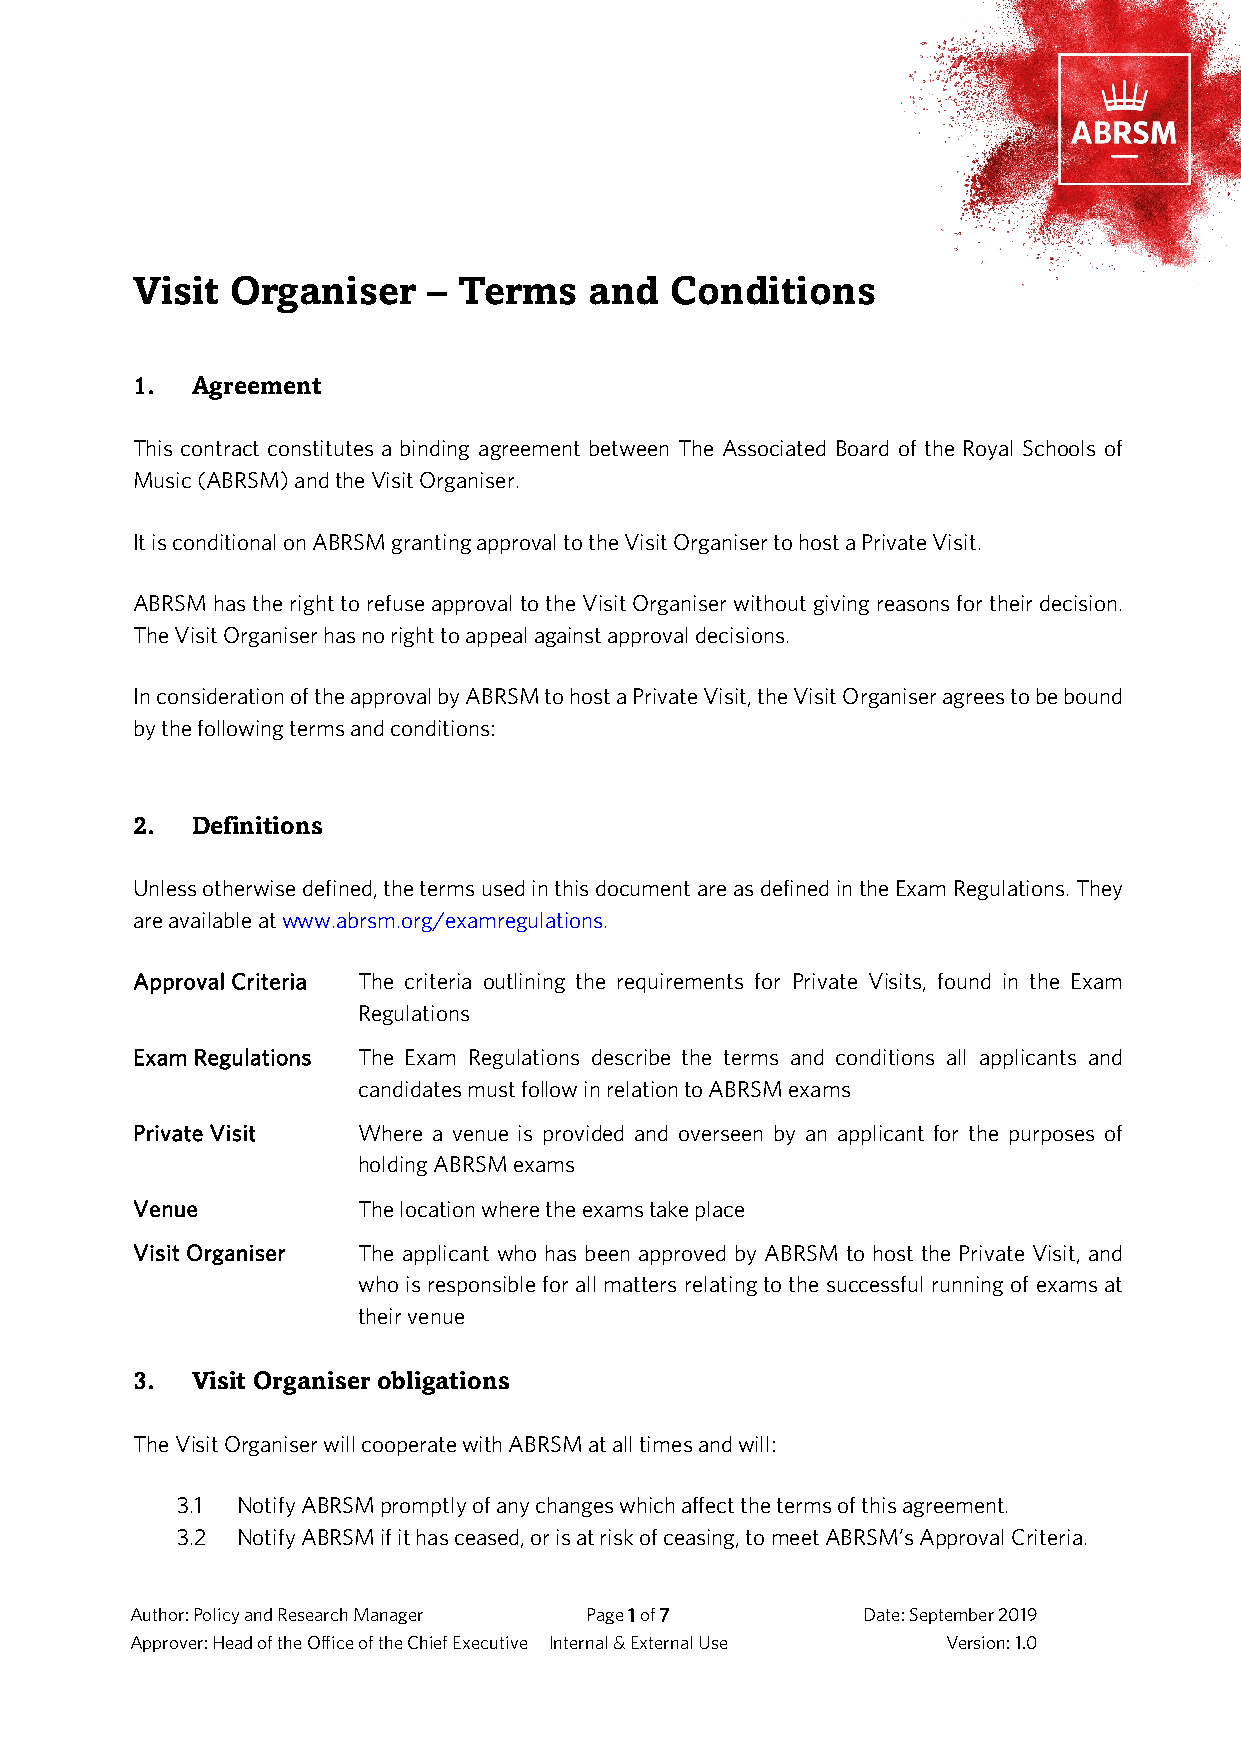
Visit Organiser    – Terms    and  Conditions
 1.  Agreement
 This contract constitutes a binding agreement between The Associated Board of the Royal Schools of
 Music (ABRSM) and the Visit Organiser.
 It is conditional on ABRSM granting approval to the Visit Organiser to host a Private Visit.
 ABRSM has the right to refuse approval to the Visit Organiser without giving reasons for their decision.
 The Visit Organiser has no right to appeal against approval decisions.
 In consideration of the approval by ABRSM to host a Private Visit, the Visit Organiser agrees to be bound
 by the following terms and conditions:
 2.  Definitions
 Unless otherwise defined, the terms used in this document are as defined in the Exam Regulations. They
 are available at www.abrsm.org/examregulations.
 Approval Criteria The criteria outlining the requirements for Private Visits, found in the Exam
 Regulations
 Exam Regulations The Exam Regulations describe the terms and conditions all applicants and
 candidates must follow in relation to ABRSM exams
 Private Visit  Where a venue is provided and overseen by an applicant for the purposes of
 holding ABRSM exams
 Venue          The location where the exams take place
 Visit Organiser The applicant who has been approved by ABRSM to host the Private Visit, and
 who is responsible for all matters relating to the successful running of exams at
 their venue
 3.  Visit Organiser obligations
 The Visit Organiser will cooperate with ABRSM at all times and will:
 3.1 Notify ABRSM promptly of any changes which affect the terms of this agreement.
 3.2 Notify ABRSM if it has ceased, or is at risk of ceasing, to meet ABRSM’s Approval Criteria.
 Author: Policy and Research Manager Page 1 of 7 Date: September 2019
 Approver: Head of the Office of the Chief Executive Internal & External Use Version: 1.0